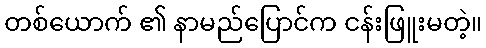
တစ်ယောက် ၏ နာမည်ပြောင်က ငန်းဖြူးမတဲ့။